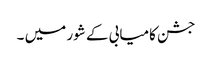
جشن کامیابی کے شور میں ۔